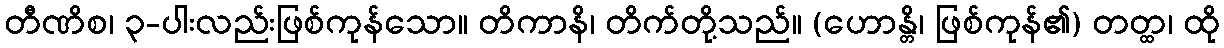
တီဏိစ၊ ၃-ပါးလည်းဖြစ်ကုန်သော။ တိကာနိ၊ တိက်တို့သည်။ (ဟောန္တိ၊ ဖြစ်ကုန်၏) တတ္ထ၊ ထို